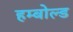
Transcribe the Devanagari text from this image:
हम्बोल्ड